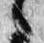
言